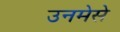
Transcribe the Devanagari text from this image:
उनमेसे